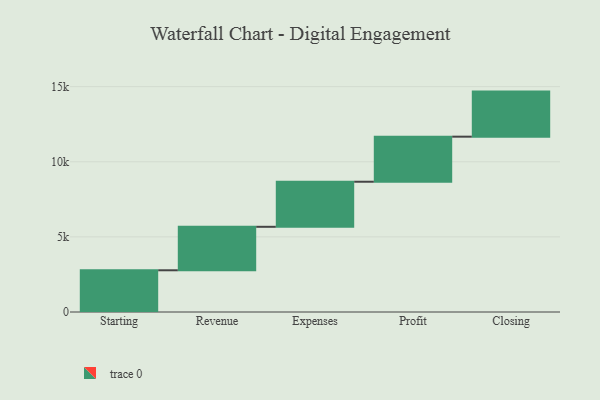
{"axis": {"x": "Step", "y": "Value"}, "legend": [""], "data": [{"x": "Starting", "y": 2777.0, "type": ""}, {"x": "Revenue", "y": 2895.0, "type": ""}, {"x": "Expenses", "y": 3000, "type": ""}, {"x": "Profit", "y": 3000, "type": ""}, {"x": "Closing", "y": 3000, "type": ""}]}